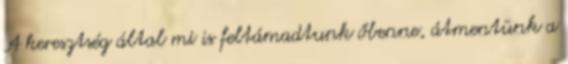
A keresztség által mi is feltámadtunk őbenne, átmentünk a